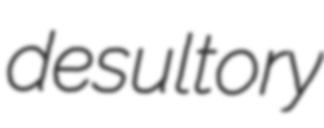
desultory